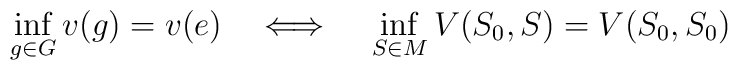
\inf\limits_{g\in G}v(g)=v(e)~~~\Longleftrightarrow{}~~~\inf\limits_{S\in M}V(S_{0},S)=V(S_{0},S_{0})